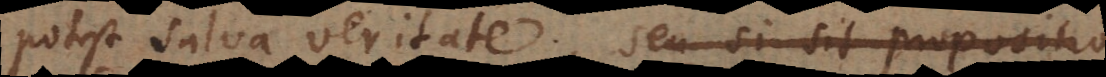
potest salva veritate, (seu si sit propositio